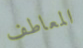
المعاطف